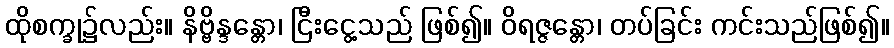
ထိုစက္ခု၌လည်း။ နိဗ္ဗိန္ဒန္တော၊ ငြီးငွေ့သည် ဖြစ်၍။ ဝိရဇ္ဇန္တော၊ တပ်ခြင်း ကင်းသည်ဖြစ်၍။